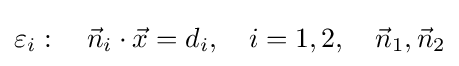
\varepsilon _{i}:\quad {\vec {n}}_{i}\cdot {\vec {x}}=d_{i},\quad i=1,2,\quad {\vec {n}}_{1},{\vec {n}}_{2}